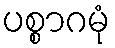
ပစ္စာဂမုံ